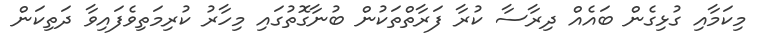
މިކަމާއި ގުޅިގެން ބައެއް ދިރާސާ ކުރާ ފަރާތްތަކުން ބުނާގޮތުގައި މިހާރު ކުރިމަތިވެފައިވާ ދަތިކަން